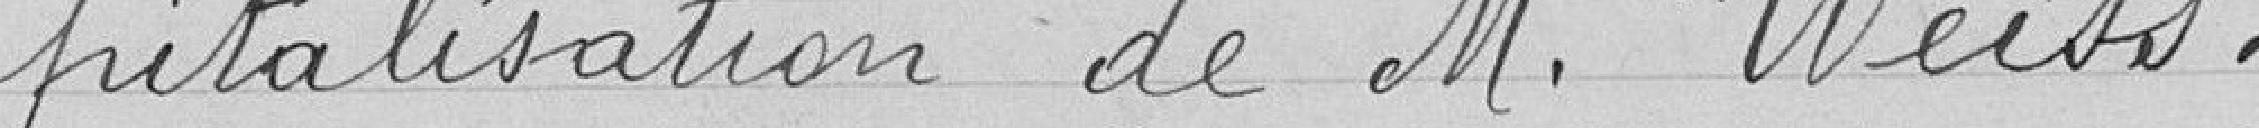
pitalisation de Monsieur Weiss